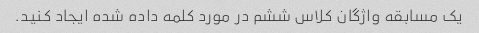
یک مسابقه واژگان کلاس ششم در مورد کلمه داده شده ایجاد کنید.